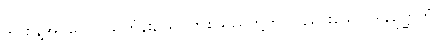
၆။ စွန့်အပ်သော သင်္ကန်း, သပိတ်စသည်တို့ကို ပြန်ပေးသော ဒါနဉတ္တိကံ၊